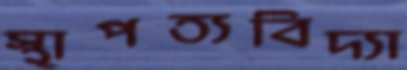
স্থাপত্যবিদ্যা